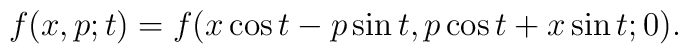
f(x,p;t)=f(x \cos t - p \sin t,     p \cos t + x \sin t  ;0).